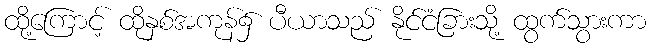
ထို့ကြောင့် ထိုနှစ်အကုန်၌ ပီယာသည် နိုင်ငံခြားသို့ ထွက်သွားကာ